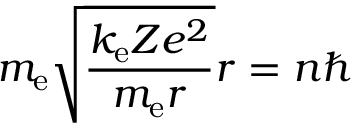
m _ { \mathrm { e } } { \sqrt { \frac { k _ { \mathrm { e } } Z e ^ { 2 } } { m _ { \mathrm { e } } r } } } r = n \hbar